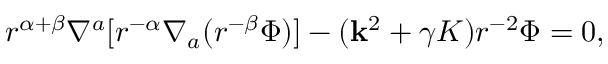
r ^ { \alpha + \beta } \nabla ^ { a } [ r ^ { - \alpha } \nabla _ { a } ( r ^ { - \beta } \Phi ) ] - ( { \bf k } ^ { 2 } + \gamma K ) r ^ { - 2 } \Phi = 0 ,